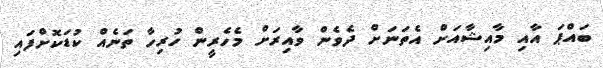
ބައްޕަ އާއި މާއިޝާއަށް އެތަނަށް ދެވެން ވާއިރަށް މެހެރީން ހުރިހާ ތަނެއް ކުޑަކޮށްފައި